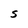
Character: s